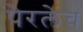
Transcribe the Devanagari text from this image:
पेरलेच